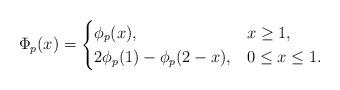
LaTeX: \begin{align*}\Phi_p(x)=\begin{cases} \phi_p(x), & x\geq 1,\\ 2\phi_p(1)-\phi_p(2-x), & 0\leq x\leq 1.\end{cases}\end{align*}